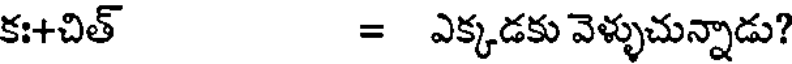
కః+చిత్ = ఎక్కడకు వెళ్ళుచున్నాడు?